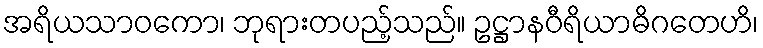
အရိယသာဝကော၊ ဘုရားတပည့်သည်။ ဥဋ္ဌာနဝီရိယာဓိဂတေဟိ၊